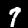
Label: 7